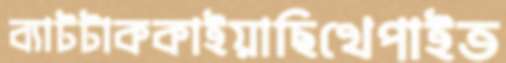
ব্যাটটাককাইয়াছিখেপাইত